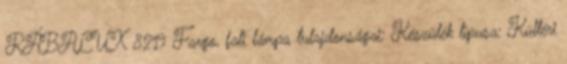
RÁBALUX 8219 Fargo, fali lámpa tulajdonságai: Készülék típusa: Kültéri